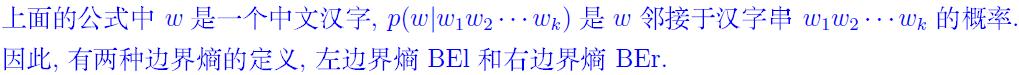
上面的公式中 $w$ 是一个中文汉字, $p(w|w_1w_2\cdots w_k)$ 是 $w$ 邻接于汉字串 $w_1w_2\cdots w_k$ 的概率. 因此, 有两种边界熵的定义, 左边界熵 $\mathrm{BEI}$ 和右边界熵 $\mathrm{BEr}$.